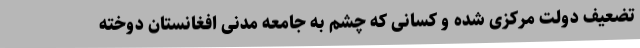
تضعیف دولت مرکزی شده و کسانی که چشم به جامعه مدنی افغانستان دوخته